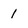
Character: 1